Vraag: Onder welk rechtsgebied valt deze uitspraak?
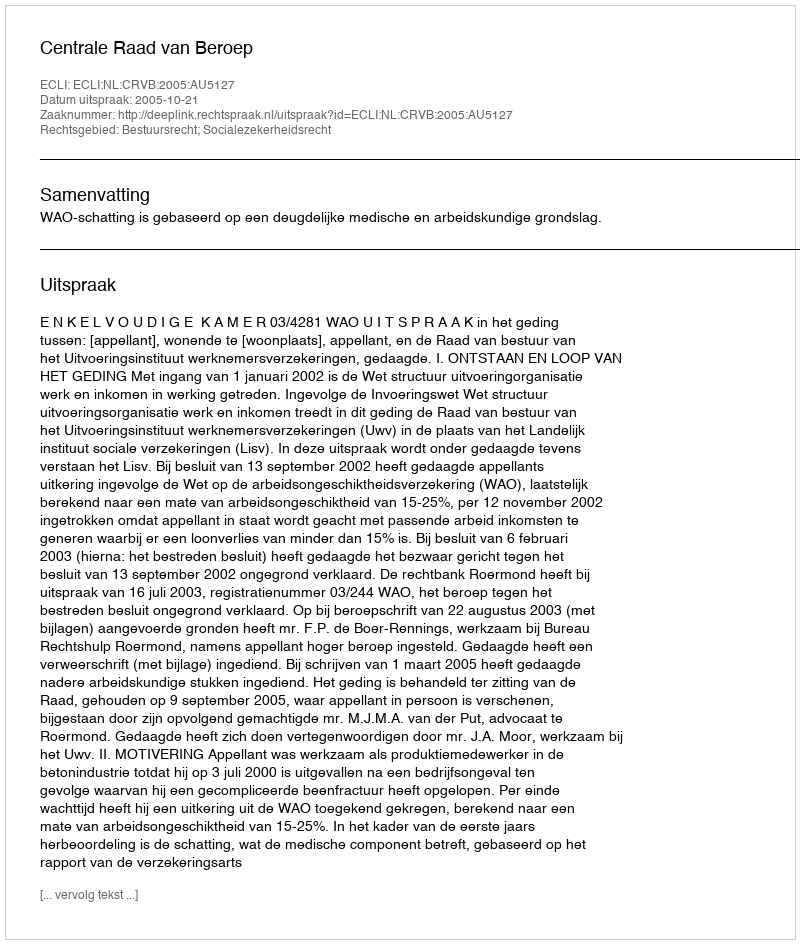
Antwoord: Bestuursrecht; Socialezekerheidsrecht